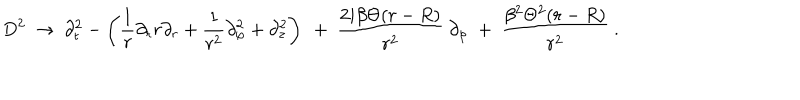
LaTeX: D ^ { 2 } \ \rightarrow \ \partial _ { t } ^ { 2 } - \left( \frac 1 r \partial _ { r } r \partial _ { r } + \frac { 1 } { r ^ { 2 } } \partial _ { \varphi } ^ { 2 } + \partial _ { z } ^ { 2 } \right) \ + \ \frac { 2 i \beta \Theta ( r - R ) } { r ^ { 2 } } \ \partial _ { \varphi } \ + \ \frac { \beta ^ { 2 } \Theta ^ { 2 } ( r - R ) } { r ^ { 2 } } \ .